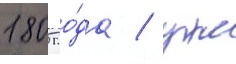
1805 го́да / уже